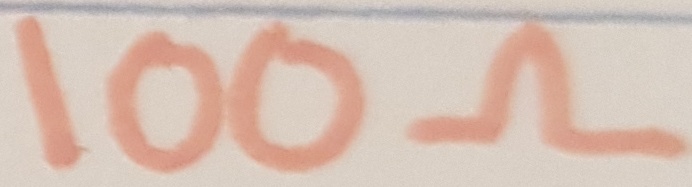
Text: 100Ω